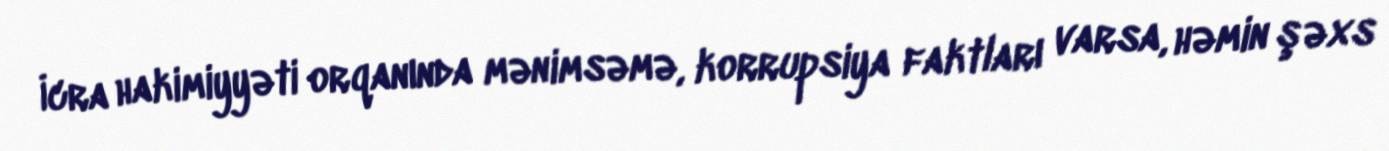
İcra hakimiyyəti orqanında mənimsəmə, korrupsiya faktları varsa, həmin şəxs